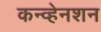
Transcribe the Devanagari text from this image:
कन्व्हेनशन